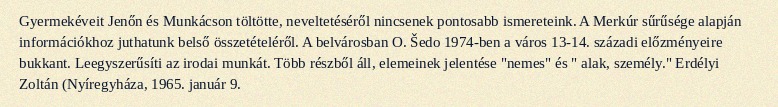
Gyermekéveit Jenőn és Munkácson töltötte, neveltetéséről nincsenek pontosabb ismereteink. A Merkúr sűrűsége alapján információkhoz juthatunk belső összetételéről. A belvárosban O. Šedo 1974-ben a város 13-14. századi előzményeire bukkant. Leegyszerűsíti az irodai munkát. Több részből áll, elemeinek jelentése "nemes" és " alak, személy." Erdélyi Zoltán (Nyíregyháza, 1965. január 9.